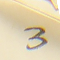
3